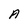
Character: A